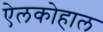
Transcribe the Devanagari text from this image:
ऐलकोहाल